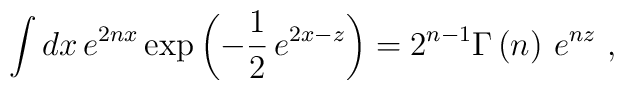
\int dx\,e^{2nx}\exp \left( -\frac{1}{2}\,e^{2x-z}\right) =2^{n-1}\Gamma \left(  n\right) \,e^{nz}~,